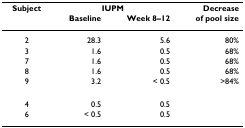
<table><thead><tr><td><b>Subject</b></td><td colspan="2"><b>IUPM</b></td><td><b>Decrease</b></td></tr><tr><td></td><td><b>Baseline</b></td><td><b>Week 8–12</b></td><td><b>of pool size</b></td></tr></thead><tbody><tr><td>2</td><td>28.3</td><td>5.6</td><td>80%</td></tr><tr><td>3</td><td>1.6</td><td>0.5</td><td>68%</td></tr><tr><td>7</td><td>1.6</td><td>0.5</td><td>68%</td></tr><tr><td>8</td><td>1.6</td><td>0.5</td><td>68%</td></tr><tr><td>9</td><td>3.2</td><td>&lt; 0.5</td><td>&gt;84%</td></tr><tr><td>4</td><td>0.5</td><td>0.5</td><td></td></tr><tr><td>6</td><td>&lt; 0.5</td><td>0.5</td><td></td></tr></tbody></table>